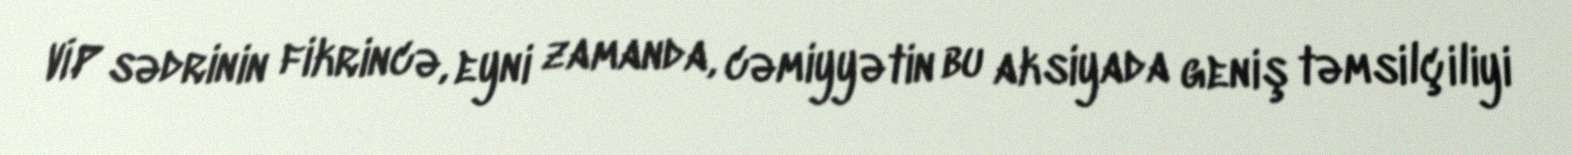
VİP sədrinin fikrincə, eyni zamanda, cəmiyyətin bu aksiyada geniş təmsilçiliyi